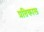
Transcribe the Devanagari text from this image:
प्रतिकाल